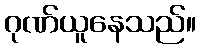
ဂုဏ်ယူနေသည်။